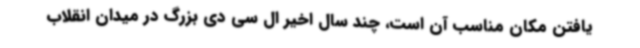
یافتن مکان مناسب آن است، چند سال اخیر ال سی دی بزرگ در میدان انقلاب